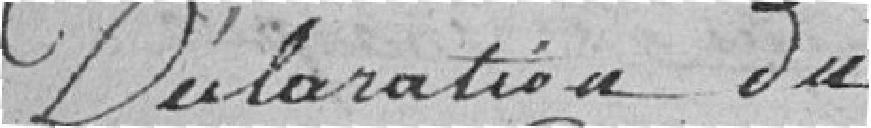
Déclaration du